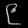
Digit: ၉